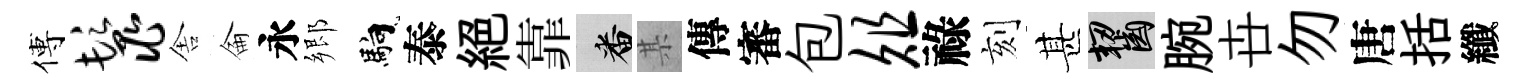
傅鬣舎侖永郷馿泰絶靠番某傳審包俎祿刻甚齧腕卋勿唐括纖